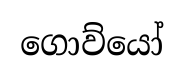
ගොව්යෝ